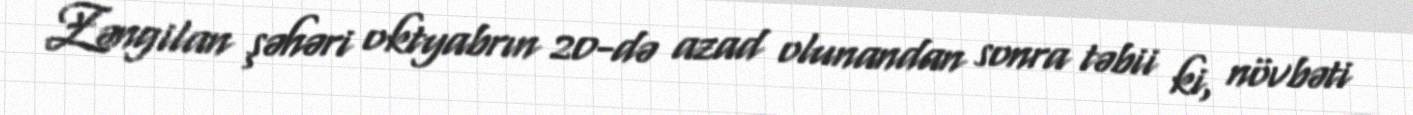
Zəngilan şəhəri oktyabrın 20-də azad olunandan sonra təbii ki, növbəti